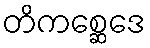
တိကစ္ဆေဒေ